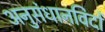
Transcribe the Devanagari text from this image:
अनुसंधानविदों